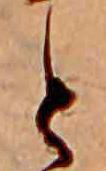
と